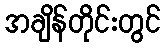
အချိန်တိုင်းတွင်